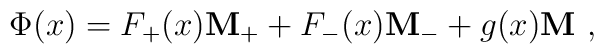
\Phi (x) = F_+ (x) {\bf M_+} + F_- (x) {\bf M_-} + g(x) {\bf M}\ ,